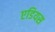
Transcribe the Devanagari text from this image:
एडियस